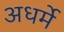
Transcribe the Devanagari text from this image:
अधर्मे